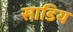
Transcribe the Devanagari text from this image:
साडिय